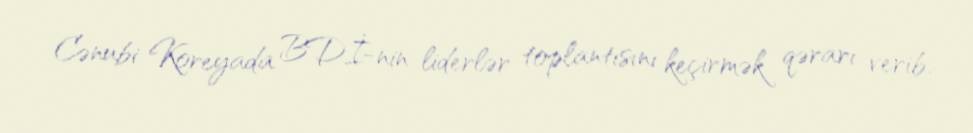
Cənubi Koreyada BDİ-nin liderlər toplantısını keçirmək qərarı verib.